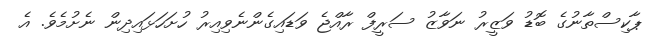
ޕާކިސްތާނުގެ ބޮޑު ވަޒީރު ނަވާޒު ސަރީފް ރާއްޖެ ވަޑައިގެންނެވިިއިރު ހުށަހަޅައިދިން ނެށުމެވެ. އެ